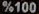
%100